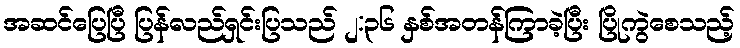
အဆင်ပြေပြီ ပြန်လည်ရှင်းပြသည် ၂:၃၆ နှစ်အတန်ကြာခဲ့ပြီး ပြိုကွဲစေသည့်